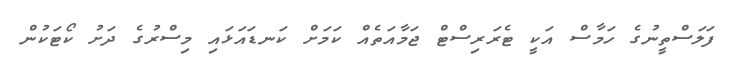
ފަލަސްތީނުގެ ހަމާސް އަކީ ޓެރަރިސްޓް ޖަމާއަތެއް ކަމަށް ކަނޑައަޅައި މިސްރުގެ ދަށު ކޯޓަކުން